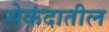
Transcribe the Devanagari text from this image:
सेकंदातील